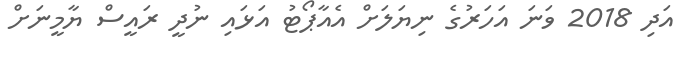
އަދި 2018 ވަނަ އަހަރުގެ ނިޔަލަށް އެއާޕޯޓު އަޅައި ނުދީ ރައީސް ޔާމީނަށް